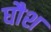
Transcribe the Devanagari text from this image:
घौश